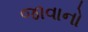
જાવાનો